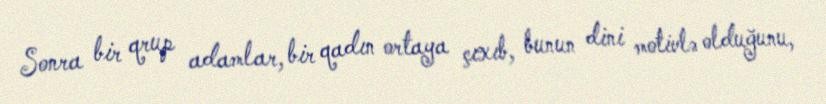
Sonra bir qrup adamlar, bir qadın ortaya çıxıb, bunun dini motivlə olduğunu,